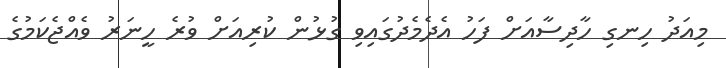
މިއަދު ހިނގި ހާދިސާއަށް ފަހު އެދެމެދުގައިވި ގުޅުން ކުރިއަށް ވުރެ ހީނަރު ވެއްޖެކަމުގެ